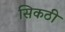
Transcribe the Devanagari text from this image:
सिकठी